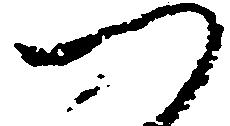
つ